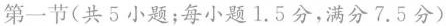
第一节(共5小题;每小题 1.5分,满分7.5 分)